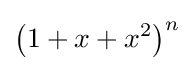
\left(1+x+x^{2}\right)^{n}